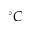
^ \circ C